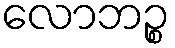
လောဘဉ္စ